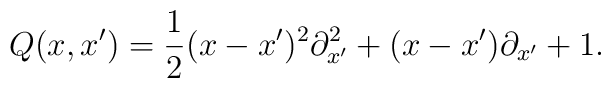
Q(x,x')=\frac{1}{2}(x-x')^2{\partial}^2_{x'}+(x-x'){\partial}_{x'}+1.